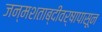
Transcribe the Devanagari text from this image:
जन्मशताब्दीवर्षापासून